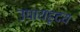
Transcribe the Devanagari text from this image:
उपायहृदय